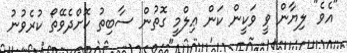
"އެވެ" ލިޔާން ވީ ވަކީން ކަން ޢިލްމީ ގޮތުން ސާބިތު ކޮށްދެވޭތޯ ކުރެވުނު